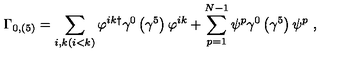
\Gamma _ { 0 , \left( 5 \right) } = \sum _ { i , k ( i < k ) } \varphi ^ { i k \dagger } \gamma ^ { 0 } \left( \gamma ^ { 5 } \right) \varphi ^ { i k } + \sum _ { p = 1 } ^ { N - 1 } \psi ^ { p } \gamma ^ { 0 } \left( \gamma ^ { 5 } \right) \psi ^ { p } \ ,